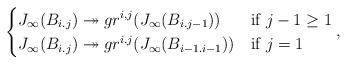
LaTeX: \begin{align*}\begin{cases} \displaystyle J_{\infty}(B_{i.j}) \twoheadrightarrow gr^{i,j}(J_{\infty}(B_{i.j-1}))& \mbox{if } j-1\geq 1\\ J_{\infty}(B_{i.j}) \twoheadrightarrow gr^{i.j}(J_{\infty}(B_{i-1.i-1})) & \mbox{if } j=1\\\end{cases},\end{align*}